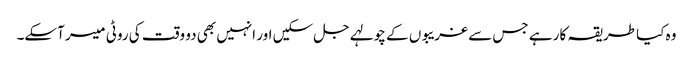
وہ کیا طریقہ کار ہے جس سے غریبوں کے چولہے جل سکیں اور انہیں بھی دو وقت کی روٹی میسر آسکے۔